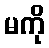
မကို